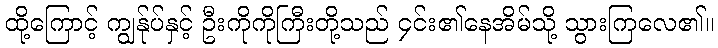
ထို့ကြောင့် ကျွန်ုပ်နှင့် ဦးကိုကိုကြီးတို့သည် ၄င်း၏နေအိမ်သို့ သွားကြလေ၏။